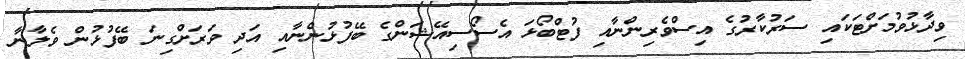
ވިދާޅުވުމަށްޓަކައި ސަރުކާރުގެ އިސްވެރިންނާއި ފުޓްބޯޅަ އެސޯސިއޭޝަންގެ ބޭފުޅުންނާއި އަދި ވަރަށްގިނަ ބޭފުޅުން ވެލާނާ